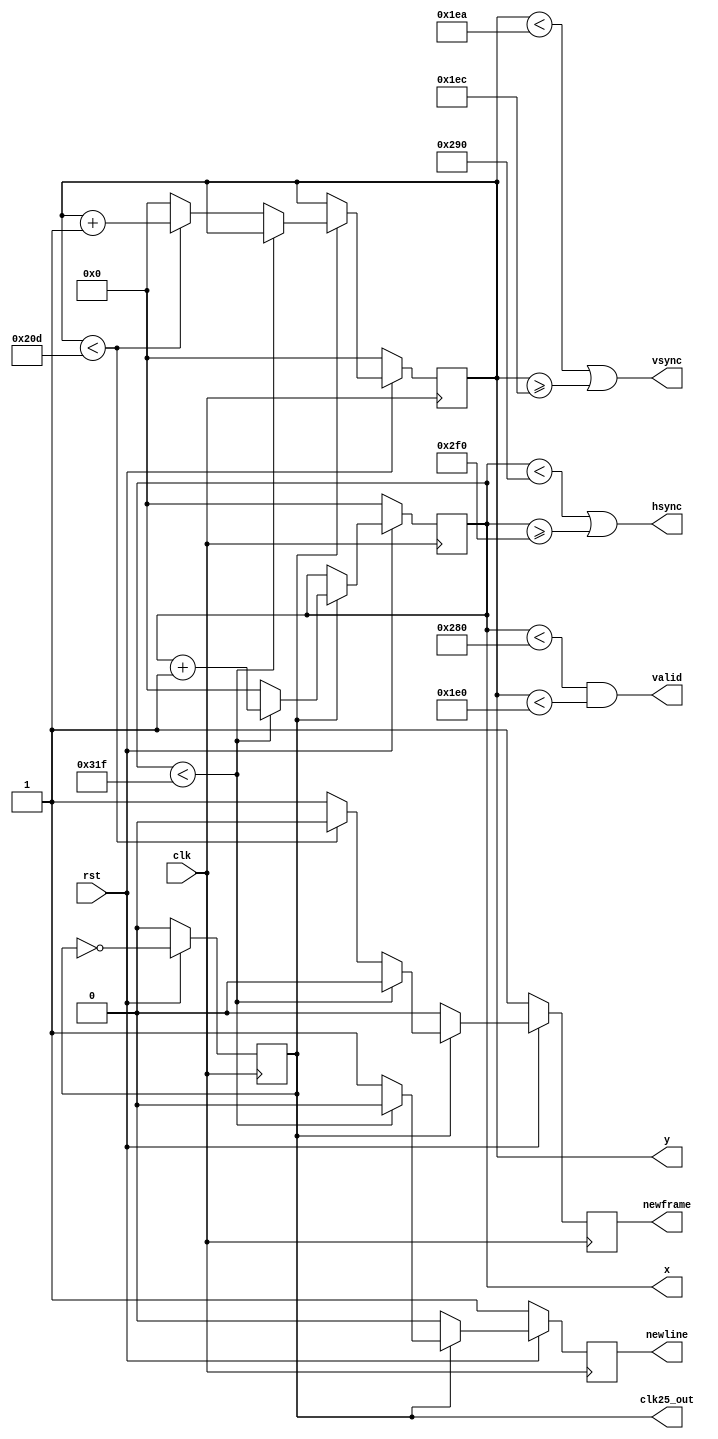
`timescale 1ns / 1ps
module vga(
        input clk,
        input rst,
        output reg [9:0] x,
        output reg [9:0] y,
        output valid,
        output hsync,
        output vsync,
        output reg newframe, 
        output reg newline,
        output clk25_out
    );
 //////////////////////////////////////////////////////////   
reg clk25; 
//////////////////////////////////////////////////////////
assign hsync = x < (640 + 16) || x >= (640 + 16 + 96);
assign vsync = y < (480 + 10) || y >= (480 + 10 + 2);
assign valid = (x < 640) && (y < 480);
assign clk25_out = clk25;
//////////////////////////////////////////////////////////
always @(posedge clk) begin
    newframe <= 0;
    newline <= 0;
    clk25 <= 0;
    if (rst == 0) begin
        x <= 10'b0;
        y <= 10'b0;
        clk25 <= 1'b0;
        newframe <= 1;
        newline <= 1;
    end else begin
        clk25 <= ~clk25;
        if (clk25 == 1) begin
            if (x < 10'd799) begin
                x <= x + 1'b1;
            end else begin
                x <= 10'b0;
                newline <= 1;
                if (y < 525) begin
                    y <= y + 1'b1;    
                end else begin
                    y <= 10'b0;
                    newframe <= 1;
                end
            end
        end
    end
end
//////////////////////////////////////////////////////////
endmodule